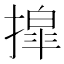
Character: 𫽿